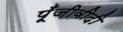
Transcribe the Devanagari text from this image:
पूँजीवीदी